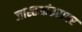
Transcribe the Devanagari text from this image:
जास्तआंतरावर